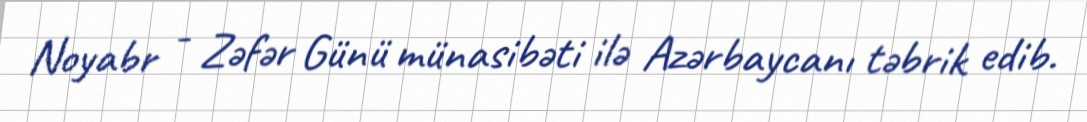
Noyabr - Zəfər Günü münasibəti ilə Azərbaycanı təbrik edib.